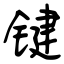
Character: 键